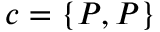
c = \{ P , P \}